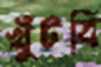
খুঁটবি